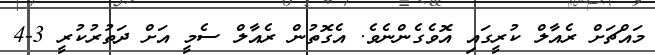
މައްޗަށް ރެއާލް ކުރީގައި އޮވެގެންނެވެ. އެގޮތުން ރެއާލް ސެމީ އަށް ދަތުރުކުރީ 3-4